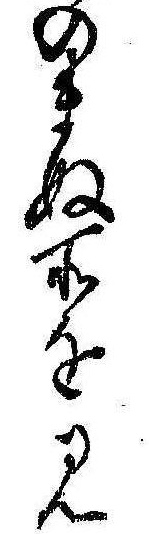
のまぬ所を見